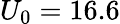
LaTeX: U_{0}=16.6